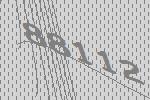
88112